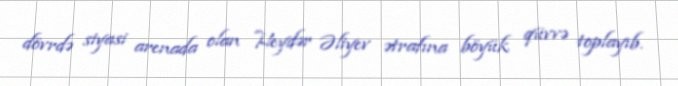
dövrdə siyasi arenada olan Heydər Əliyev ətrafına böyük qüvvə toplayıb.